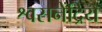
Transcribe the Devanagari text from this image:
श्वसनेंद्रिय